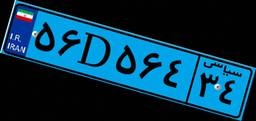
۵۶D۵۶۴۳۴